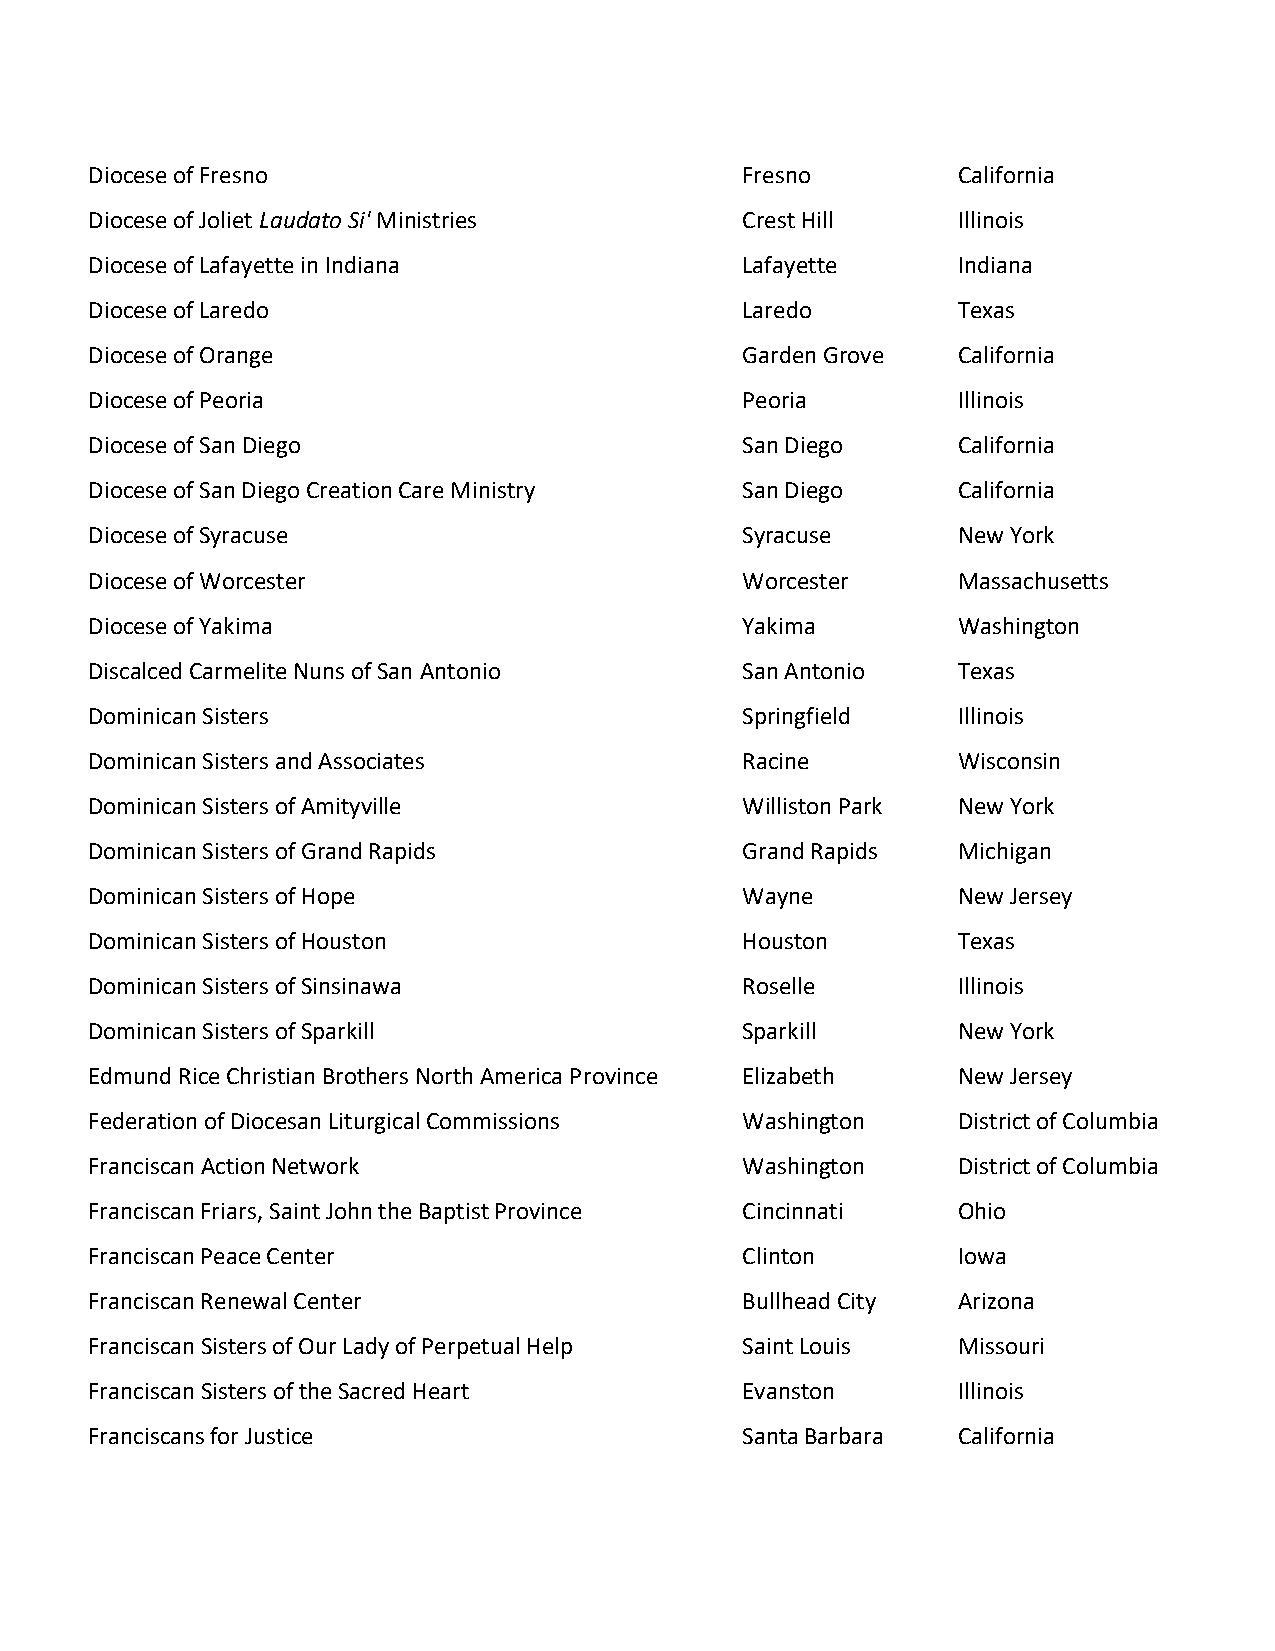
Diocese of Fresno                          Fresno        California
 Diocese of Joliet Laudato Si' Ministries   Crest Hill    Illinois
 Diocese of Lafayette in Indiana            Lafayette     Indiana
 Diocese of Laredo                          Laredo        Texas
 Diocese of Orange                          Garden Grove  California
 Diocese of Peoria                          Peoria        Illinois
 Diocese of San Diego                       San Diego     California
 Diocese of San Diego Creation Care Ministry San Diego    California
 Diocese of Syracuse                        Syracuse      New York
 Diocese of Worcester                       Worcester     Massachusetts
 Diocese of Yakima                          Yakima        Washington
 Discalced Carmelite Nuns of San Antonio    San Antonio   Texas
 Dominican Sisters                          Springfield   Illinois
 Dominican Sisters and Associates           Racine        Wisconsin
 Dominican Sisters of Amityville            Williston Park New York
 Dominican Sisters of Grand Rapids          Grand Rapids  Michigan
 Dominican Sisters of Hope                  Wayne         New Jersey
 Dominican Sisters of Houston               Houston       Texas
 Dominican Sisters of Sinsinawa             Roselle       Illinois
 Dominican Sisters of Sparkill              Sparkill      New York
 Edmund Rice Christian Brothers North America Province Elizabeth New Jersey
 Federation of Diocesan Liturgical Commissions Washington District of Columbia
 Franciscan Action Network                  Washington    District of Columbia
 Franciscan Friars, Saint John the Baptist Province Cincinnati Ohio
 Franciscan Peace Center                    Clinton       Iowa
 Franciscan Renewal Center                  Bullhead City Arizona
 Franciscan Sisters of Our Lady of Perpetual Help Saint Louis Missouri
 Franciscan Sisters of the Sacred Heart     Evanston      Illinois
 Franciscans for Justice                    Santa Barbara California